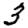
Digit: 3